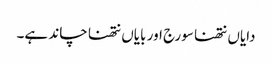
دایاں نتھنا سورج اور بایاں نتھنا چاند ہے۔